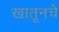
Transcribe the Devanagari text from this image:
खातूनचे